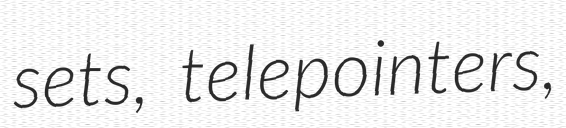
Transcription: sets, telepointers,